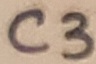
Text: C3